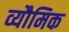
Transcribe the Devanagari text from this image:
व्यौमिक